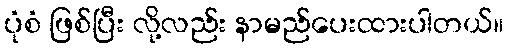
ပုံစံ ဖြစ်ပြီး လို့လည်း နာမည်ပေးထားပါတယ်။